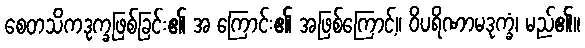
စေတသိကဒုက္ခဖြစ်ခြင်း၏ အ ကြောင်း၏ အဖြစ်ကြောင့်။ ဝိပရိဏာမဒုက္ခံ၊ မည်၏။